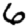
Digit: 6